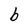
Character: b